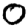
Digit: 0